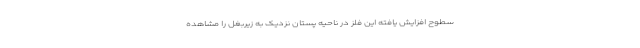
سطوح افزایش یافته این فلز در ناحیه پستان نزدیک به زیربغل را مشاهده